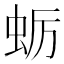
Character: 蛎